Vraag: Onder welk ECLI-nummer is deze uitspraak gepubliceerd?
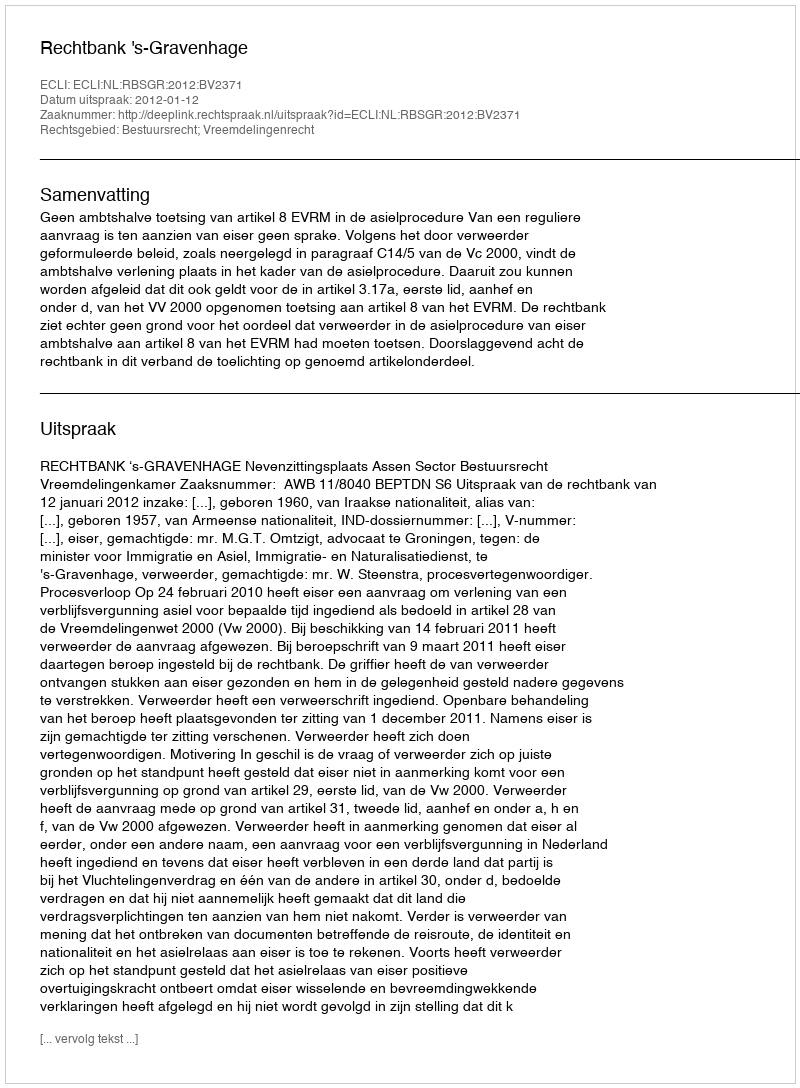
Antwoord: ECLI:NL:RBSGR:2012:BV2371